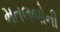
મતલબોની